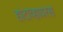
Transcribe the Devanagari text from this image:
हांटाव्हायरस